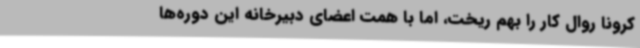
کرونا روال کار را بهم ریخت، اما با همت اعضای دبیرخانه این دوره‌ها